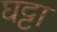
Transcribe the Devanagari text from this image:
घट्टा